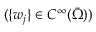
( \{ w _ { j } \} \in C ^ { \infty } ( \Bar { \Omega } ) )